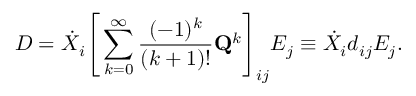
D = \dot { X } _ { i } \Bigg [ \sum _ { k = 0 } ^ { \infty } \frac { ( - 1 ) ^ { k } } { ( k + 1 ) ! } \mathbf { Q } ^ { k } \Bigg ] _ { i j } E _ { j } \equiv \dot { X } _ { i } d _ { i j } E _ { j } .